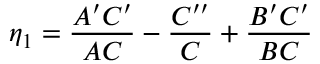
\eta _ { 1 } = { \frac { A ^ { \prime } C ^ { \prime } } { A C } } - { \frac { C ^ { \prime \prime } } { C } } + { \frac { B ^ { \prime } C ^ { \prime } } { B C } }